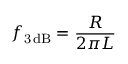
f _ { \mathrm { 3 \, d B } } = { \frac { R } { 2 \pi L } }